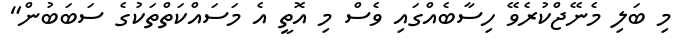
މި ބަލި މެނޭޖްކުރެވޭ ހިސާބެއްގައި ވެސް މި އޮތީ އެ މަސައްކަތްތަކުގެ ސަބަބުން"